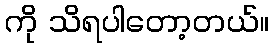
ကို သိရပါတော့တယ်။